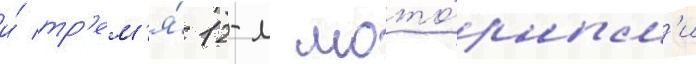
и́ тр'ем'я́ 12-м мото́рным'и